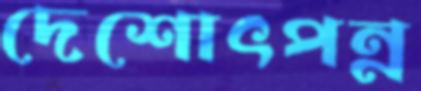
দেশোৎপন্ন